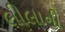
લીલાની